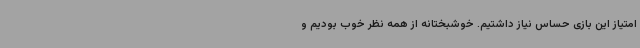
امتیاز این بازی حساس نیاز داشتیم. خوشبختانه از همه نظر خوب بودیم و